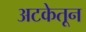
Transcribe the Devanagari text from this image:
अटकेतून